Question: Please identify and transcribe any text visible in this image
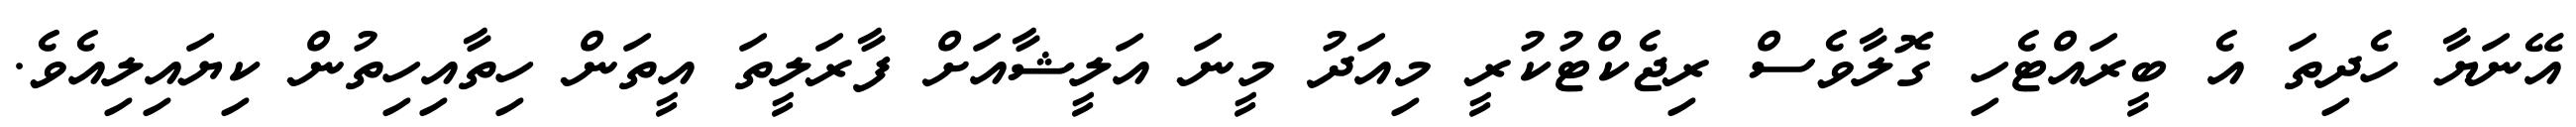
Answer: އޭނަޔާ ހެދިތަ އެ ބީރައްޓެހި ގޮލާވެސް ރިޖެކްޓުކުރީ މިއަދު މީނަ އަލީޝާއަށް ފާރަލީތަ އީތަން ހިތާއިހިތުން ކިޔައިލިއެވެ.